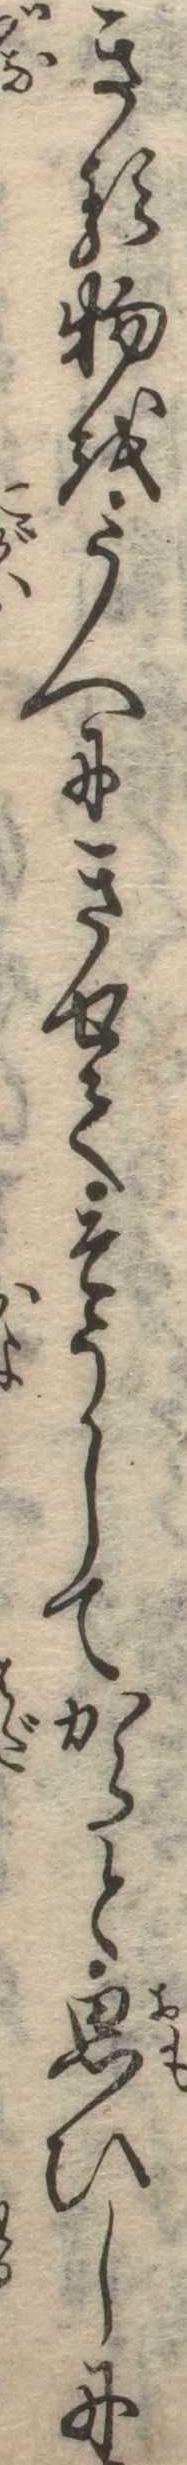
きる物をうへにきせてそうしてからと思ひしに